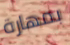
بمهارة